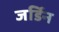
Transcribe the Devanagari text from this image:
जर्डिन